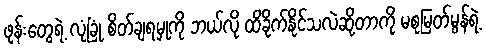
ဖုန်းတွေရဲ့ လုံခြုံ စိတ်ချရမှုကို ဘယ်လို ထိခိုက်နိုင်သလဲဆိုတာကို မစုမြတ်မွန်ရဲ့